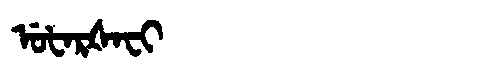
Manchu: ᡠᡶᠠᡵᡧᠠᠸᡳ
Romanization: UFARŠAFI